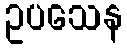
ဥပသေန